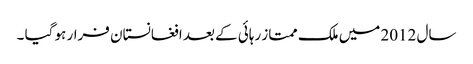
سال 2012 میں ملک ممتاز رہائی کے بعد افغانستان فرار ہو گیا ۔